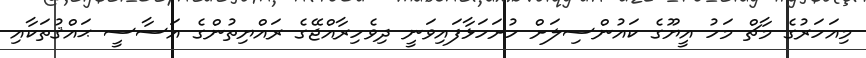
މިިިއަހަރުގެ މާޗް މަހު އީޔޫގެ ކައުންސިލަށް ހުށަހަޅާފައިވަނީ ދިވެހިރާއްޖޭގެ ރައްޔިތުންގެ އަސާސީ ޙައްޤުތަކާއި